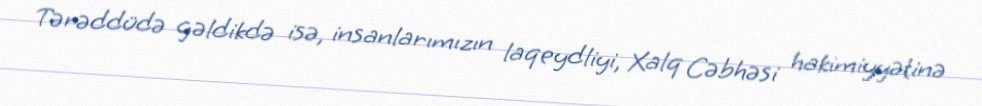
Tərəddüdə gəldikdə isə, insanlarımızın laqeydliyi, Xalq Cəbhəsi hakimiyyətinə